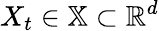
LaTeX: X_{t}\in\mathbb{X}\subset\mathbb{R}^{d}